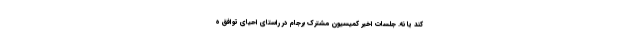
کند یا نه. جلسات اخیر کمیسیون مشترک برجام در راستای احیای توافق ه